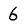
Character: 6